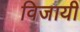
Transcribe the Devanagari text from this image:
विजायी